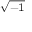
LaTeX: \scriptstyle { \sqrt { - 1 } }